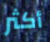
أكثر